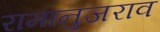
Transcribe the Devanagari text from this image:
रामानुजराव